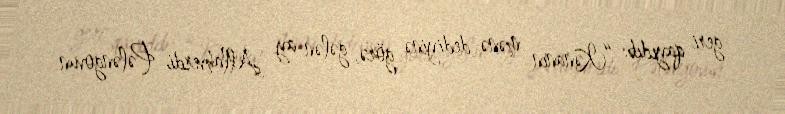
geri qayıdıb: “Kənanın mənə dediyinə görə, gələn ay Allahverdi Pələngovun